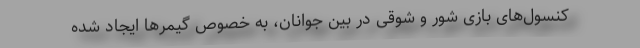
کنسول‌های بازی شور و شوقی در بین جوانان، به خصوص گیمر‌ها ایجاد شده